system: You are a helpful assistant.
user:
Analyze the provided spectrum to determine if it is a **"Cataclysmic Variables (CV)"**.

- **Key Indicators for CV (Check for either state):**
    - **State 1: Quiescent / Low-State (Emission-Dominated)**
        - **(Primary):** Strong and *very broad* Hydrogen Balmer emission lines (e.g., $H\alpha$ at 6563 Å, $H\beta$ at 4861 Å). The 'broadness' (high velocity dispersion, often FWHM > 1000 km/s) is the key diagnostic, indicating a high-velocity accretion disk.
        - **(Secondary):** Broad neutral Helium (He I) emission lines (e.g., 5876 Å, 6678 Å).
        - **(Key Confirmation):** Presence of high-excitation *ionized* Helium (He II) emission at 4686 Å. This is a strong indicator of accretion onto a white dwarf.
        - **(Line Profile):** Emission lines may exhibit a 'double-peaked' profile, which is a classic signature of a rotating accretion disk viewed at high inclination.

    - **State 2: Outburst / High-State (Absorption-Dominated)**
        - **(Primary):** Spectrum is dominated by a bright, blue continuum (looks like a hot star).
        - **(Secondary):** The emission lines from State 1 are weak, absent, or 'filled in', and are replaced by broad, shallow *absorption* lines (primarily Balmer and He I).
        - **(Morphology):** The overall spectrum mimics a hot B/A-type star. The crucial difference is that the absorption lines are significantly broader, shallower, and more 'washed-out' (or 'smeared') than the sharp lines of a normal stellar photosphere, due to high rotational speeds and pressure broadening in the disk.

Think first, call **spectral_visualization_tool** if needed to examine features in detail, then provide your final answer. Your response must adhere to the following strict rules:
1.  **Overall Structure:** Your response must follow the format `<think>...</think> <tool_call>...</tool_call> (if a tool is used) <answer>...</answer>`.
2.  **Tool Usage Constraint:** You may only make **one** tool call per turn.
3.  **Final Answer Format:** In the `<answer>` tag, your conclusion must be inside a `\boxed{}` command (e.g., `\boxed{YES}`), followed by your justification.

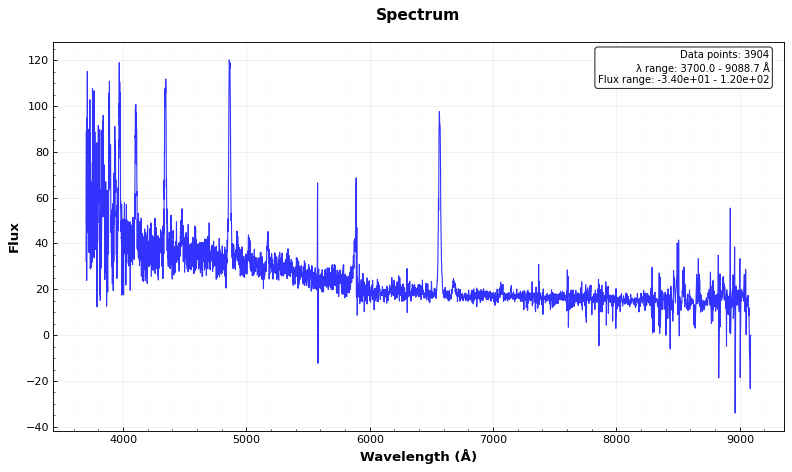
Answer: YES